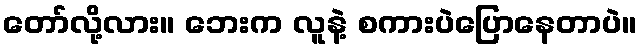
တော်လို့လား။ ဘေးက လူနဲ့ စကားပဲပြောနေတာပဲ။